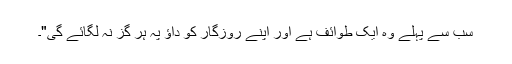
سب سے پہلے وہ ایک طوائف ہے اور اپنے روزگار کو داؤ پہ ہر گز نہ لگائے گی"۔